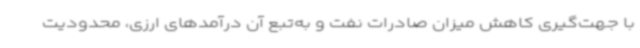
با جهت‌گیری کاهش میزان صادرات نفت و به‌تبع آن درآمدهای ارزی، محدودیت